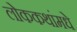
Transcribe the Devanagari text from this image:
लोककथांमधे